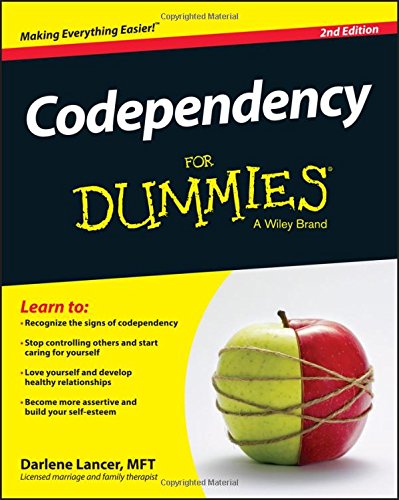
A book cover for Codependency For Dummies; Darlene Lancer; Self-Help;